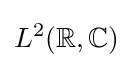
L^{2}(\mathbb {R} ,\mathbb {C} )